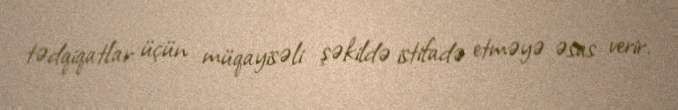
tədqiqatlar üçün müqayisəli şəkildə istifadə etməyə əsas verir.